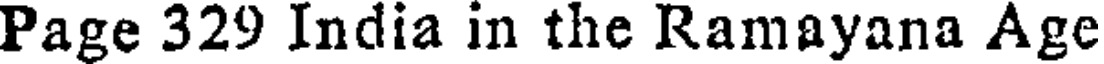
Page 329 India in the Ramayana Age